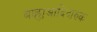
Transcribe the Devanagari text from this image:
बाह्यआदिदारुक